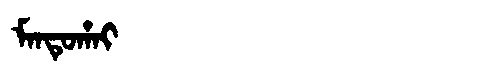
Manchu: ᠮᠠᠨᡨᡠᡥᠠᡳ
Romanization: MANTUHAI